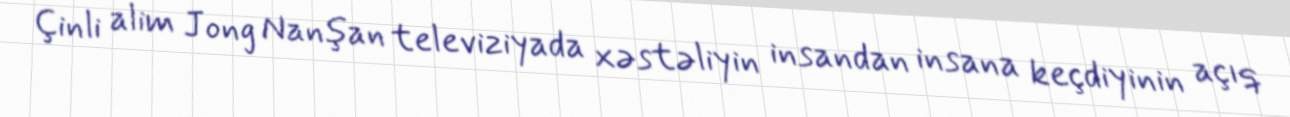
Çinli alim Jong Nanşan televiziyada xəstəliyin insandan insana keçdiyinin açıq